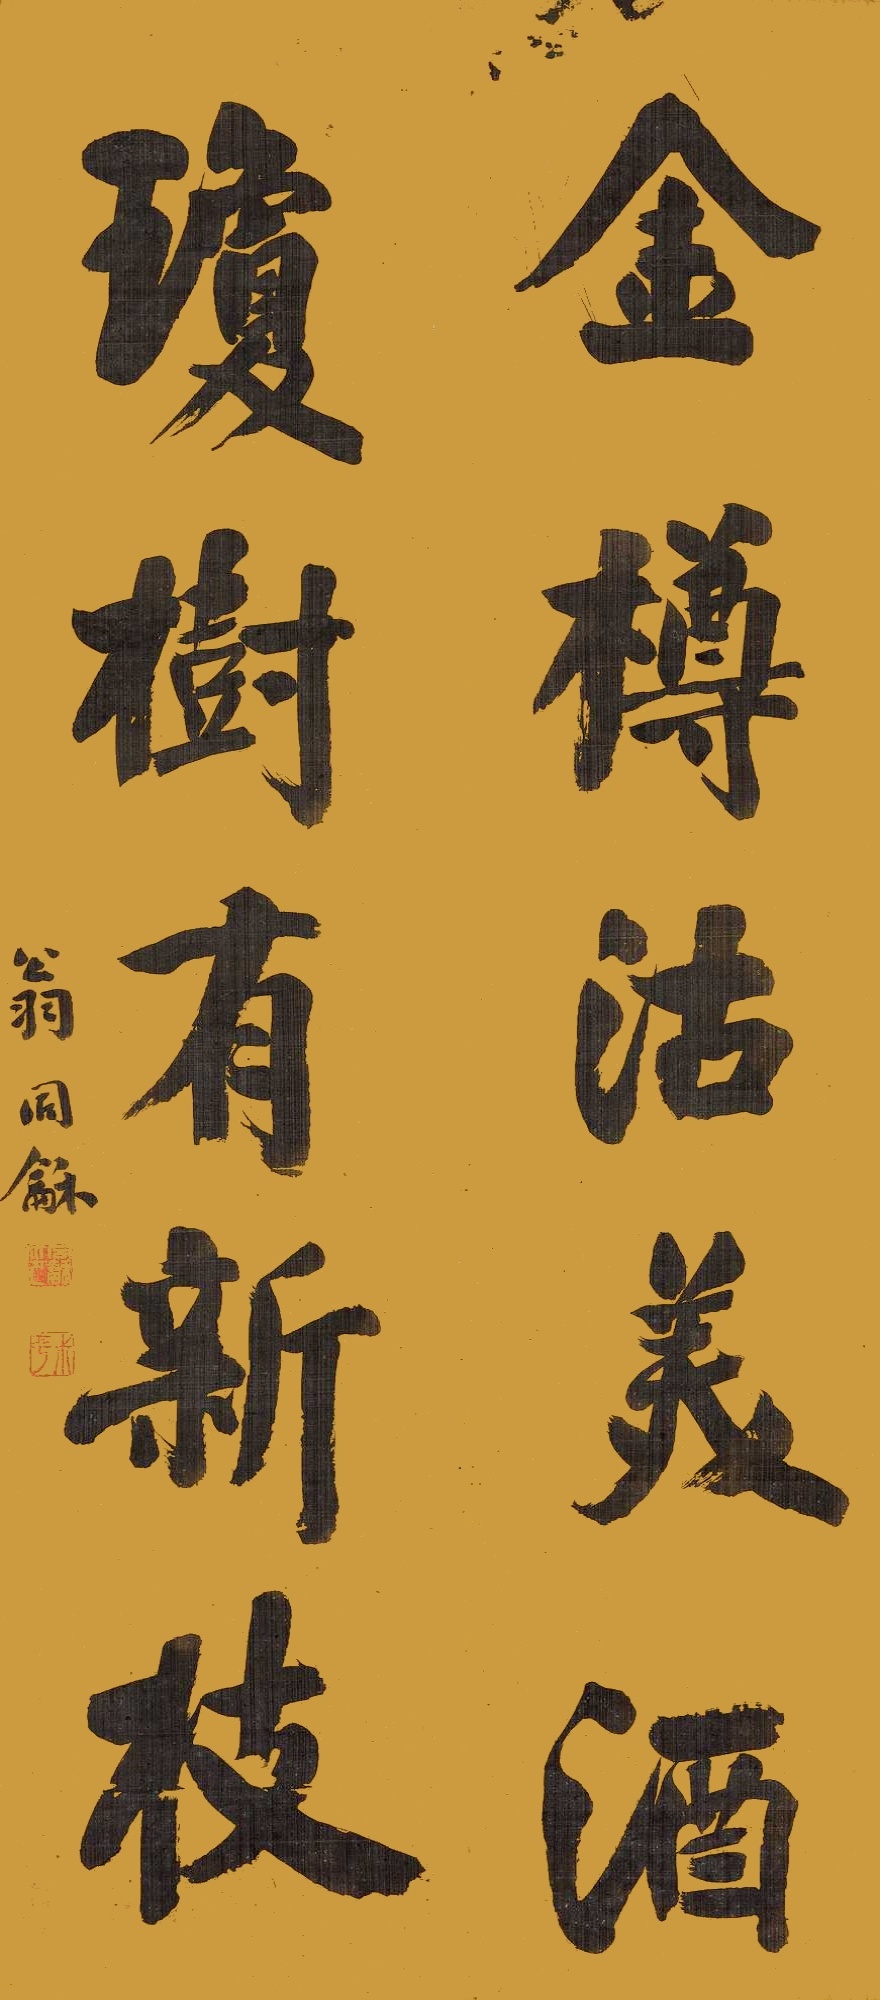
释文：金樽沽美酒，琼树有新枝。翁同龢。